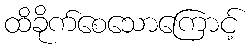
ထိခိုက်စေသောကြောင့်